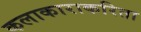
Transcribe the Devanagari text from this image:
कलाकाराकरिता